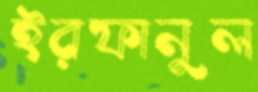
ইরফানুল